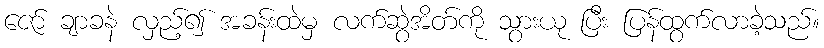
ဇော် ချာခနဲ လှည့်၍ အခန်းထဲမှ လက်ဆွဲအိတ်ကို သွားယု ပြီး ပြန်ထွက်လာခဲ့သည်။